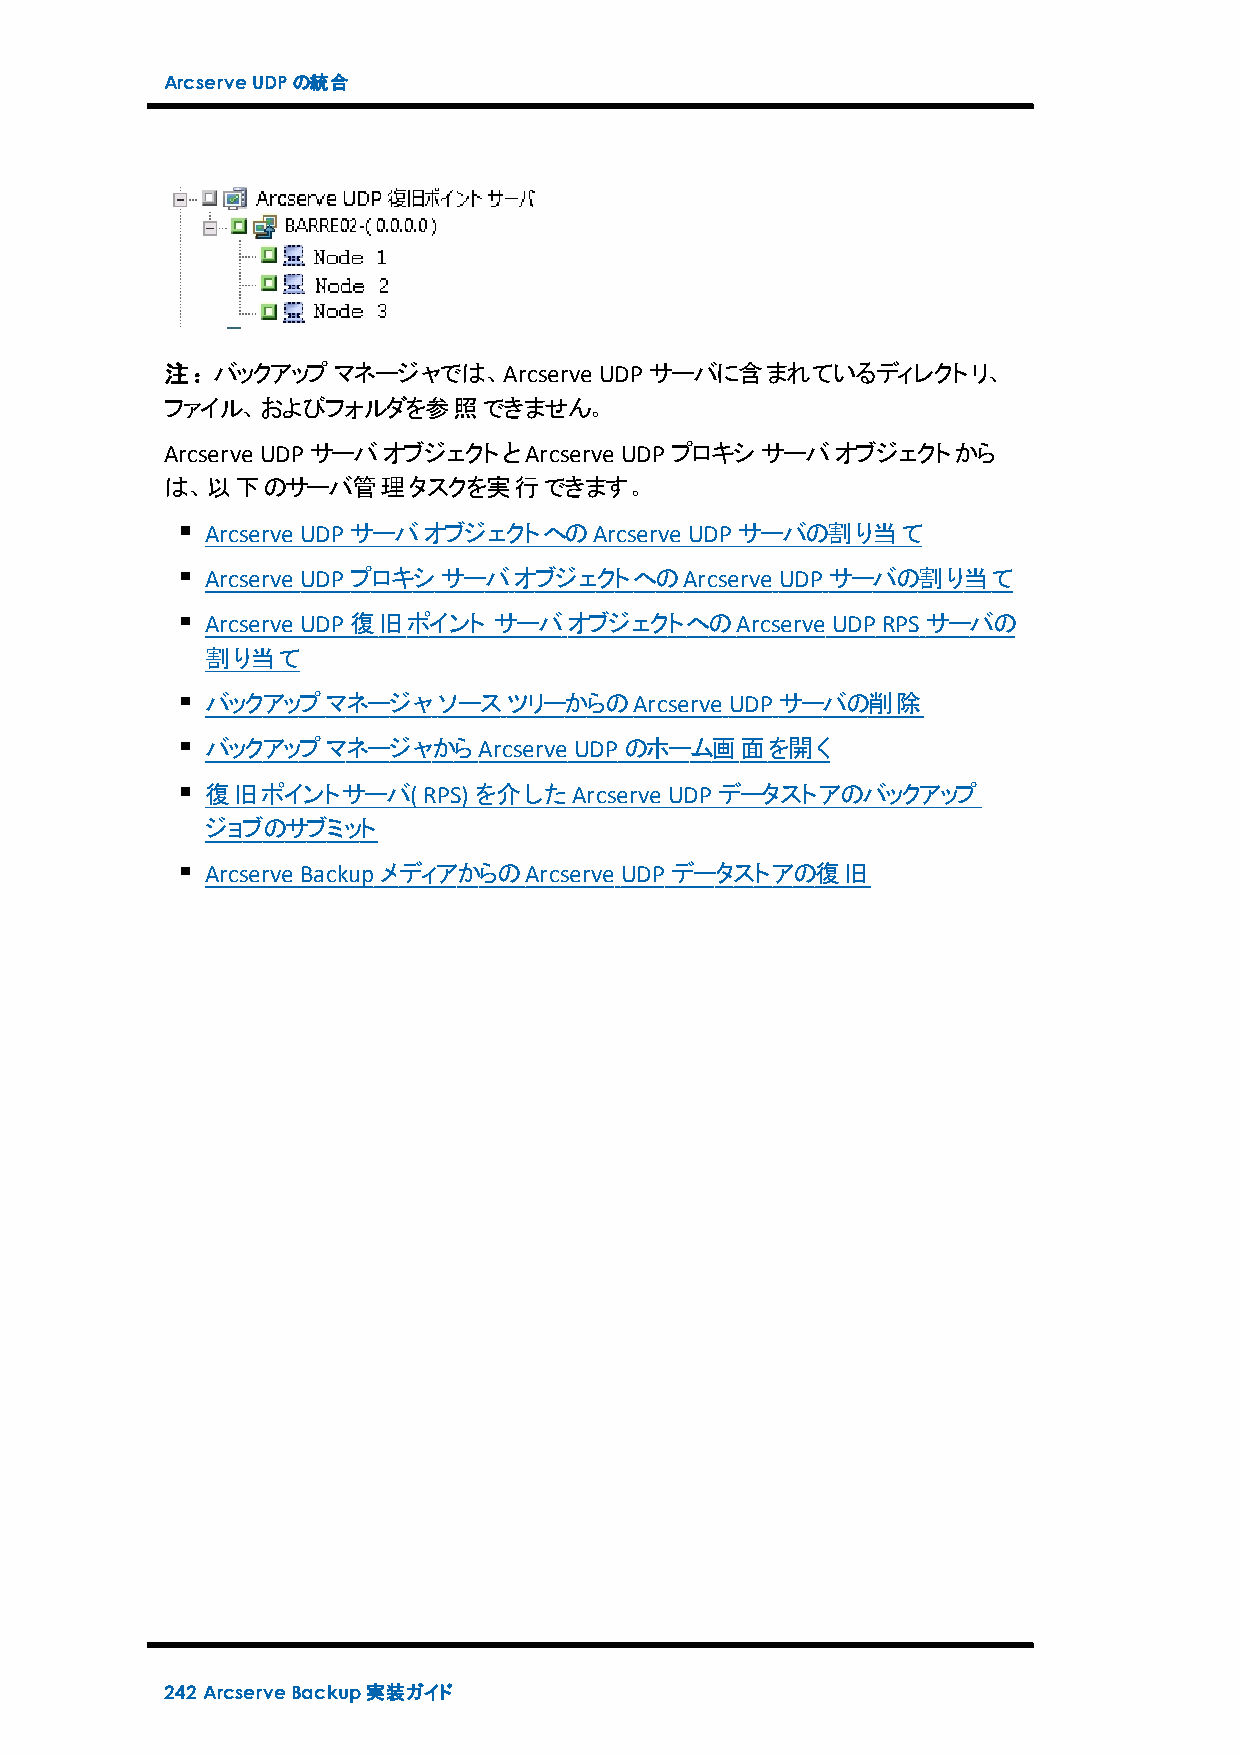
ArcserveUDPの統合
 注：バックアップマネージャでは、Arcserve     UDPサーバに含まれているディレクトリ、
 ファイル、およびフォルダを参照できません。
 Arcserve UDPサーバオブジェクトとArcserve UDPプロキシサーバオブジェクトから
 は、以下のサーバ管理タスクを実行できます。
 Arcserve UDPサーバオブジェクトへのArcserve UDPサーバの割り当て
 Arcserve UDPプロキシサーバオブジェクトへのArcserve   UDPサーバの割り当て
 Arcserve UDP復旧ポイント サーバオブジェクトへのArcserve   UDPRPSサーバの
 割り当て
 バックアップマネージャソースツリーからのArcserve      UDPサーバの削除
 バックアップマネージャからArcserve   UDPのホーム画面を開く
 復旧ポイントサーバ(    RPS) を介したArcserve UDPデータストアのバックアップ
 ジョブのサブミット
 Arcserve BackupメディアからのArcserve UDPデータストアの復旧
 242 ArcserveBackup実装ガイド